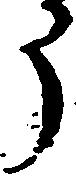
う